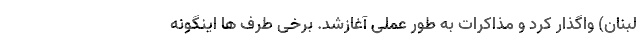
لبنان) واگذار کرد و مذاکرات به طور عملی آغازشد. برخی طرف ها اینگونه